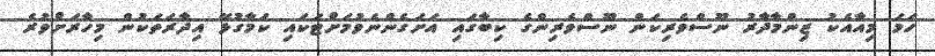
ހަމަ މިއާއެކު ޒިންމާދާރު ނޫސްވެރިކަން ނޫސްވެރިންގެ ކިބާގައި އަށަގެންނެވުމަށްޓަކައި ކަމާގުޅޭ އިދާރަތަކުން މިހާރަށްވުރެ